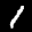
Label: 1